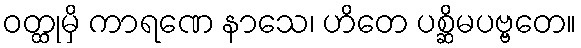
ဝတ္ထုမှိ ကာရဏေ နာသေ၊ ဟိတေ ပစ္ဆိမပဗ္ဗတေ။